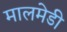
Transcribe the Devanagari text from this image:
मालमेडी